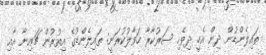
ތައިލެންޑުން ދިން އެހީ ދިވެހި ސަރުކާރާ ހަވާލުކުރަނީ: ތައިލެންޑުގެ އިތުރުން ޗައިނާ އާއި